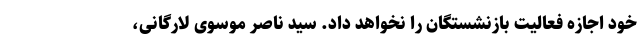
خود اجازه فعالیت بازنشستگان را نخواهد داد. سید ناصر موسوی لارگانی،